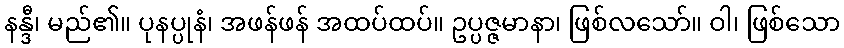
နန္ဒီ၊ မည်၏။ ပုနပ္ပုနံ၊ အဖန်ဖန် အထပ်ထပ်။ ဥပ္ပဇ္ဇမာနာ၊ ဖြစ်လသော်။ ဝါ၊ ဖြစ်သော